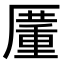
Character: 𠪵